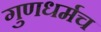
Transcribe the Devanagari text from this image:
गुणधर्मच